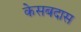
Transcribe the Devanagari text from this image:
केसबदास